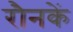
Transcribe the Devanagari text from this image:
रौनकें